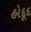
હોદૂદ